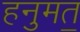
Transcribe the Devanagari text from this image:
हनुमत॒